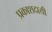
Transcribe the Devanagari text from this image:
प्रकाशदायी